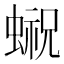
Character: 𰳓